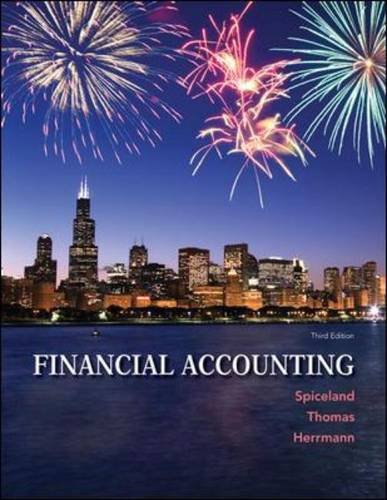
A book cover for Financial Accounting; J. David Spiceland; Business & Money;